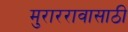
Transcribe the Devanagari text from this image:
मुराररावासाठी